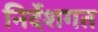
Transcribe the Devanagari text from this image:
निर्देशगत